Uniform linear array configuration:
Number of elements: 32
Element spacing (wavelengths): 0.5
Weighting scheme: uniform
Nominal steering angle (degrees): -30
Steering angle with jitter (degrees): -29.033
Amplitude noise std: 0.05
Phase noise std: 0.05

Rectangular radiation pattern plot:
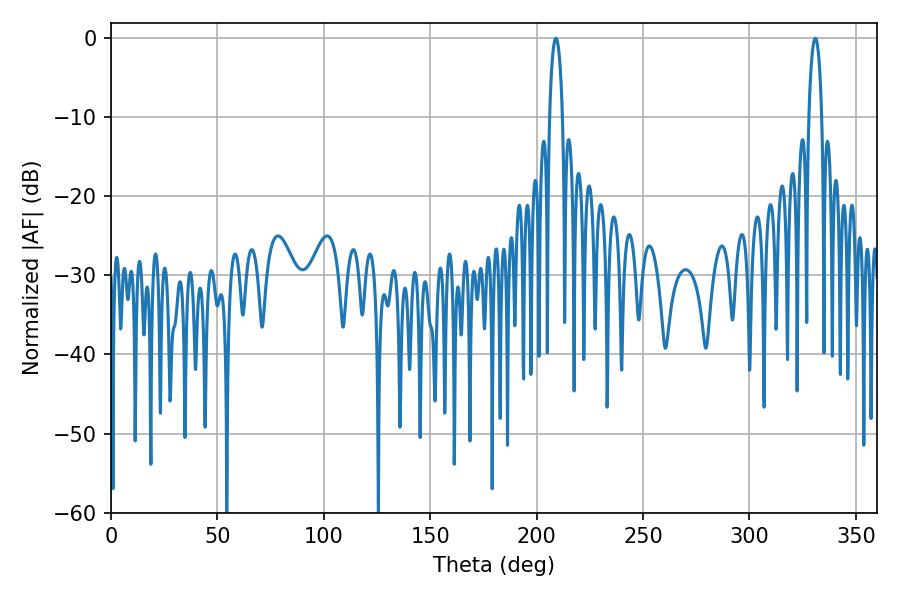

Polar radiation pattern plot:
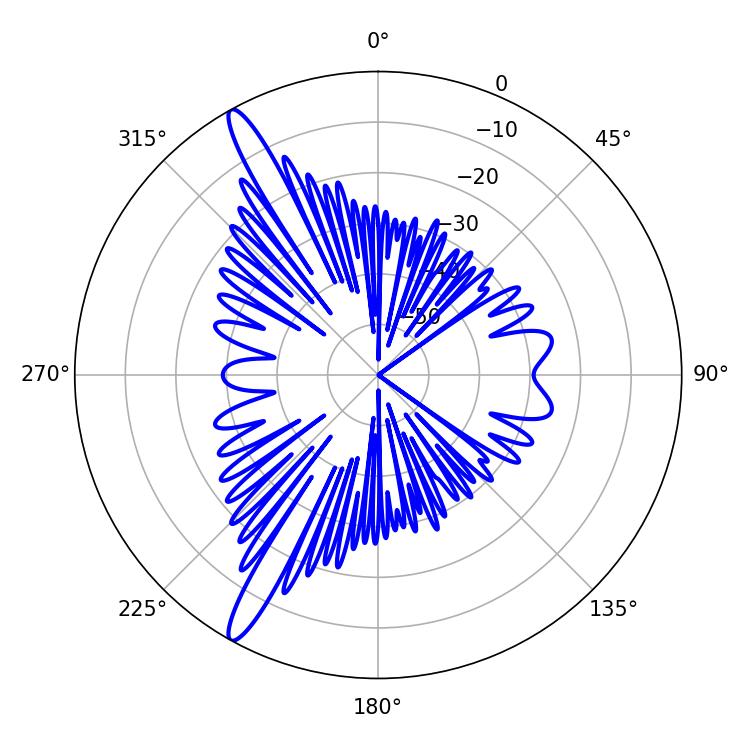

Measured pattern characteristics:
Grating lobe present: FALSE
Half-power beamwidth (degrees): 3.42
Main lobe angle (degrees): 208.98